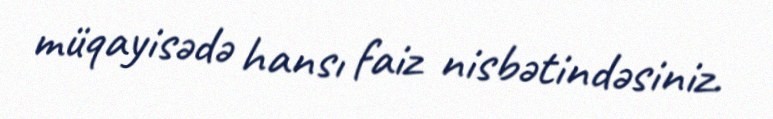
müqayisədə hansı faiz nisbətindəsiniz.